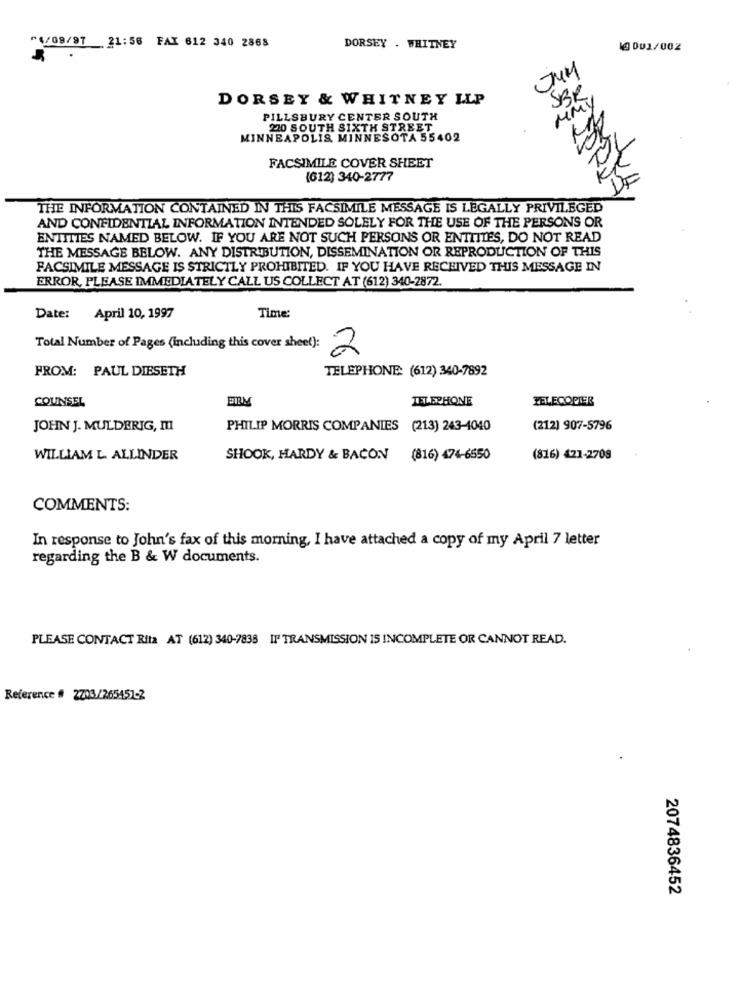
~4/09/97 21:56 FAX 612 340 2868
DORSEY . WHITNEY
10 001/00Z
SRP
DORSEY & WHITNEY LLP
MMY
PILLSBURY CENTER SOUTH
220 SOUTH SIXTH STREET
MINNEAPOLIS, MINNESOTA 55402
FACSIMILE COVER SHEET
(612) 340-2777
DF
THE INFORMATION CONTAINED IN THIS FACSIMILE MESSAGE IS LEGALLY PRIVILEGED
AND CONFIDENTIAL INFORMATION INTENDED SOLELY FOR THE USE OF THE PERSONS OR
ENTITIES NAMED BELOW. IF YOU ARE NOT SUCH PERSONS OR ENTITIES, DO NOT READ
THE MESSAGE BELOW. ANY DISTRIBUTION, DISSEMINATION OR REPRODUCTION OF THIS
FACSIMILE MESSAGE IS STRICTLY PROHIBITED. IF YOU HAVE RECEIVED THIS MESSAGE IN
ERROR, PLEASE IMMEDIATELY CALL US COLLECT AT (612) 340-2872.
Date: April 10, 1997
Time:
Total Number of Pages (including this cover sheet):
2
FROM: PAUL DIESETH
TELEPHONE: (612) 340-7892
TELEPHONE
TELECOPIER
COUNSEL
JOHN J. MULDERIG, m
PHILIP MORRIS COMPANIES (213) 243-4040
(212) 907-5796
WILLIAM L. ALLINDER
SHOOK, HARDY & BACON (816) 474-6550
(816) 421-2708
COMMENTS:
In response to John's fax of this morning, I have attached a copy of my April 7 letter
regarding the B & W documents.
PLEASE CONTACT Rita AT (612) 340-7838 IF TRANSMISSION IS INCOMPLETE OR CANNOT READ.
Reference # 2703/265451-2
2074836452